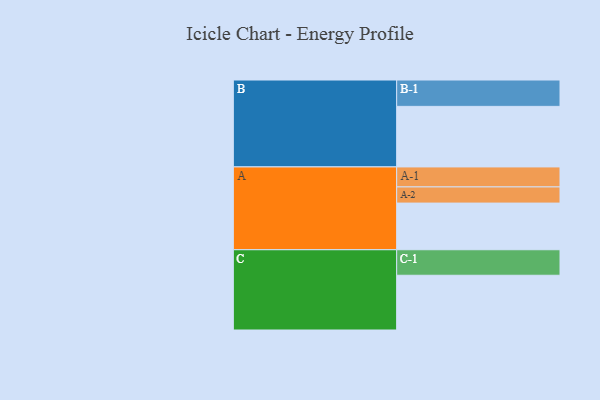
{"axis": {"x": "Segment", "y": "Value"}, "legend": ["", "A", "B", "C"], "data": [{"x": "A", "y": 329, "type": ""}, {"x": "B", "y": 427, "type": ""}, {"x": "C", "y": 386, "type": ""}, {"x": "A-1", "y": 141, "type": "A"}, {"x": "A-2", "y": 114, "type": "A"}, {"x": "B-1", "y": 186, "type": "B"}, {"x": "C-1", "y": 180, "type": "C"}]}